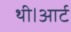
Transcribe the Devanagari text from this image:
थी।आर्ट